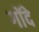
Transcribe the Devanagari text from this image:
गोंदे